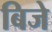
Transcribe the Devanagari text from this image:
बिजे